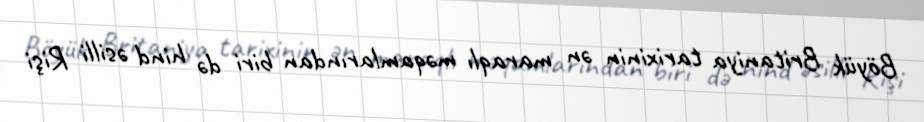
Böyük Britaniya tarixinin ən maraqlı məqamlarından biri də hind əsilli Rişi